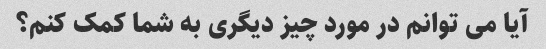
آیا می توانم در مورد چیز دیگری به شما کمک کنم؟